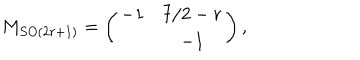
LaTeX: M _ { S O ( 2 r + 1 ) } = \left( \begin{array} { c c } { { - 1 } } & { { 7 / 2 - r } } \\ { { } } & { { - 1 } } \\ \end{array} \right) ,